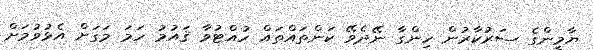
ޔާމީންގެ ސަރުކާރުން ހިންގާ ނޭދެވޭ ކަންތައްތައް ހުއްޓުވާ ޤައުމު ހަމަ މަގަށް އެޅުވުމަށް